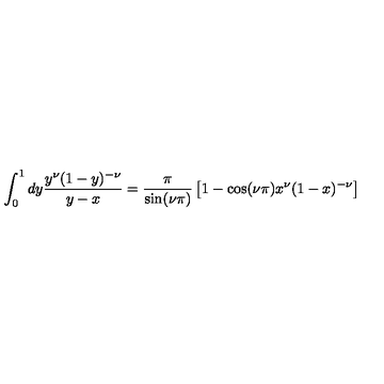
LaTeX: \int _ { 0 } ^ { 1 } d y \frac { y ^ { \nu } ( 1 - y ) ^ { - \nu } } { y - x } = \frac { \pi } { \sin ( \nu \pi ) } \left[ 1 - \cos ( \nu \pi ) x ^ { \nu } ( 1 - x ) ^ { - \nu } \right]